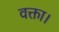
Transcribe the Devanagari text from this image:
वक्ता।